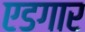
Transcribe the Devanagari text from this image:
एडगार